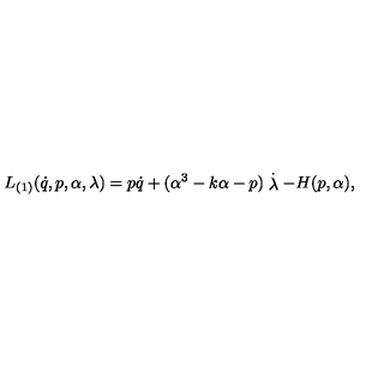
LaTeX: L _ { ( 1 ) } ( \dot { q } , p , \alpha , \lambda ) = p \dot { q } + ( \alpha ^ { 3 } - k \alpha - p ) \stackrel { . } { \lambda } - H ( p , \alpha ) ,